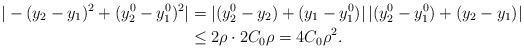
LaTeX: \begin{align*}|-(y_2-y_1)^2+(y_2^0-y_1^0)^2|&=|(y_2^0-y_2)+(y_1-y_1^0)|\,|(y_2^0-y_1^0)+(y_2-y_1)|\\&\le 2\rho \cdot 2 C_0\rho=4 C_0\rho^2.\end{align*}